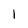
Character: 1